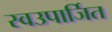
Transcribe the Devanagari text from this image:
स्वउपार्जित